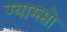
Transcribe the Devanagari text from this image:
ग्याम्त्सो